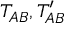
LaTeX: T _ { A B } , T _ { A B } ^ { \prime }